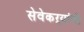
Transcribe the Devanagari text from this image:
सेवेकऱ्यांची